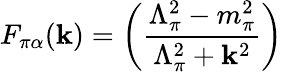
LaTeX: F_{\pi\alpha}(\mathbf{k})=\left(\frac{{\Lambda_{\pi}^{2}-m_{\pi}^{2}}}{{\Lambda_{\pi}^{2}+\mathbf{k}^{2}}}\right)